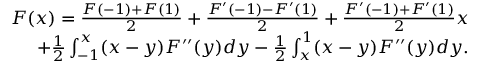
\begin{array} { r } { F ( x ) = \frac { F ( - 1 ) + F ( 1 ) } { 2 } + \frac { F ^ { \prime } ( - 1 ) - F ^ { \prime } ( 1 ) } { 2 } + \frac { F ^ { \prime } ( - 1 ) + F ^ { \prime } ( 1 ) } { 2 } x } \\ { + \frac { 1 } { 2 } \int _ { - 1 } ^ { x } ( x - y ) F ^ { \prime \prime } ( y ) d y - \frac { 1 } { 2 } \int _ { x } ^ { 1 } ( x - y ) F ^ { \prime \prime } ( y ) d y . } \end{array}